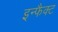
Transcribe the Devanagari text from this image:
इन्फैक्ट